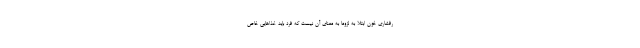
رفشاری خون ابتلا به لزوما به معنای آن نیست که فرد باید غذاهایی خاص